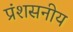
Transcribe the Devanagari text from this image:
प्रंशसनीय